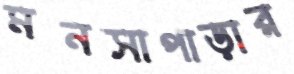
মনসাপাড়ার